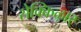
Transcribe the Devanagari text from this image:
सेक्किऴार्